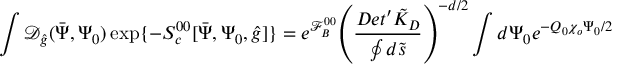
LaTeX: \int { \mathcal { D } _ { \hat { g } } } ( \bar { \Psi } , { \Psi _ { 0 } } ) \exp \{ - { S _ { c } ^ { 0 0 } } [ \bar { \Psi } , { \Psi _ { 0 } } , \hat { g } ] \} = { e ^ { \mathcal { F } _ { B } ^ { 0 0 } } } { { \left( { \frac { D e t ^ { \prime } { \tilde { K } _ { D } } } { \oint { d } \tilde { s } } } \right) } ^ { - d / 2 } } \int { d } { \Psi _ { 0 } } { e ^ { - { Q _ { 0 } } { \chi _ { o } } { \Psi _ { 0 } } / 2 } }